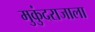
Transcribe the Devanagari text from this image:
मुकुंदराजाला